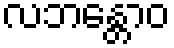
လဘန္တောဝ